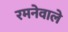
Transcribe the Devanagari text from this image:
रमनेवाले